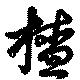
査